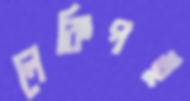
লেকিপই